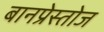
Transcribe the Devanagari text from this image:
बानप्रेस्तोज